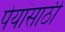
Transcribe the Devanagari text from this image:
पेयांसाठी